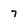
Character: 7